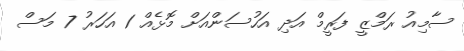
ސާމިއު ރަމްޒީ ފަރީމް އަދި އަހުސަންއަށް މޮޅެއް 1 އަހަރު 7 މަސް